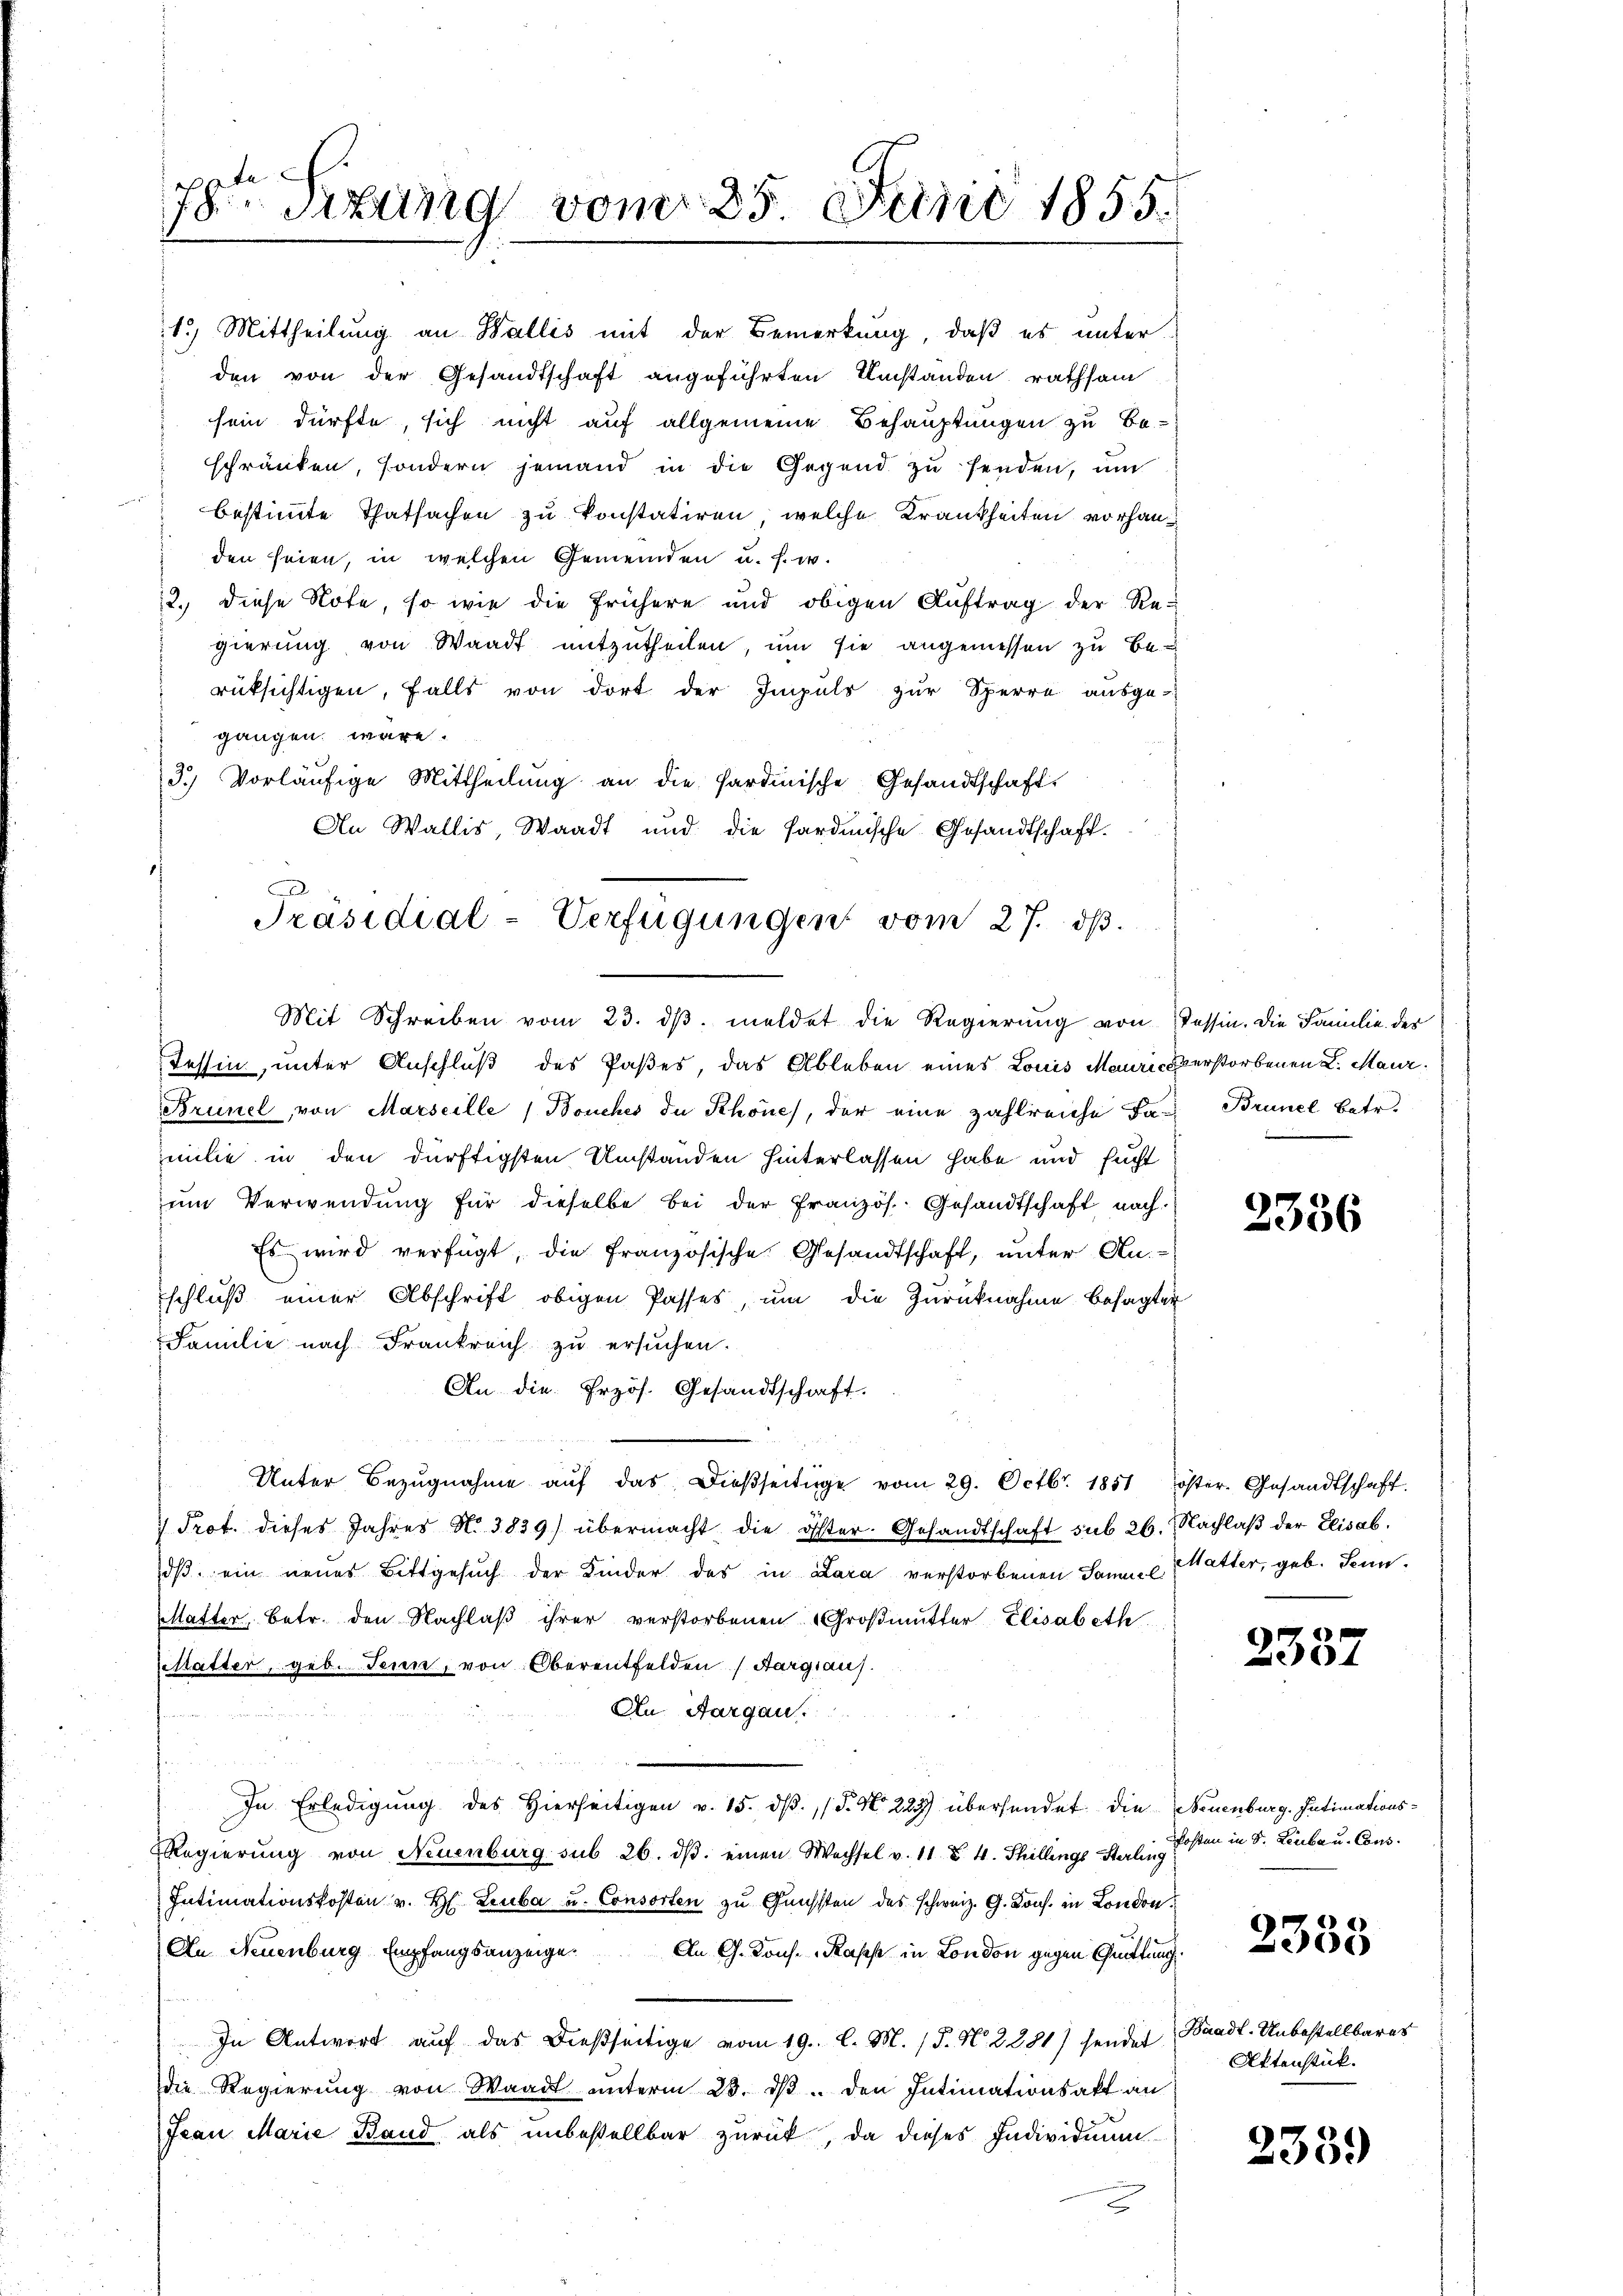
78te Situng vom 25. Juni 1855.

den seien, in welchen Gemeinden u. s. w.
12. diese Note, so wie die frühere und obigen Auftrag der Re-
gierung von Waadt mitzutheilen, um sie angemessen zu berüksichtigen, falls von dort der Impuls zur Sperre ausge-
gangen wäre.
3.) Vorläŭfige Mittheilŭng an die Sardinische Gesandtschaft
An Wallis, Waadt und die Sardinische Gesandtschaft.
Präsidial-Verfügungen vom 27. dß.

1.) Mittheilung an Wallis mit der Bemerkung, daß es unter
den von der Gesandtschaft angeführten Umstanden rathsam
sein dürfte, sich nicht auf allgemeine Behauptungen zu be-
schränken, sondern jemand in die Gegend zŭ senden, um
bestimmte Thatsachen zu konstatiren, welche Krankheiten vorhan¬

Mit Schreiben vom 23. dβ. meldet die Regierŭng von Tessin. Die Familie des
Tessin, unter Anschluß des Paßes, das Ableben eines Louis Mauriceverstorbenen L. Maur.
Brinel, von Marseille (Bouches de Schönes, der eine zahlreiche Fa- Brunel betr
milie in den dürftigsten Umständen hinterlassen habe und sucht
ŭm Verwendŭng für dieselbe bei der französ. Gesandtschaft nach
Es wird verfügt, die französische Gesandtschaft, unter An-
schluß einer Abschrift obigen Passes, um die Zurücknahme besagter
Familie nach Frankreich zu ersuchen.
An die Erzös. Gesandtschaft.
Unter Bezŭgnahme aŭf das dießseitige vom 29. Octbr. 1851 öster. Gesandtschaft
 Prot. dieses Jahres No 3839) übermacht die öster. Gesandtschaft sub 26. Nachlaβ der Elisab.
dβ ein neues Bittgesŭch der Kinder des in Zara verstorbenen Samuel Hatter, geb. Senn-
Matter, betr. den Nachlaβ ihrer verstorbenen Großmutter Elisabeth
estatter, geb. Jenne, von Oberentfelden Sargiaus.
An Aargau.
In Erledigŭng des hierseitigen v. 15. dβ. (§. N. 223) übersendet die Neuenburg. Intimations-
Regierung von Neuenburg sub 26. dβ. einen Wechsel v. 11. Z. 4. Thillings Sterling
Intimationskosten v. H. Leuba u. Consorten zu Gunsten des schweiz. G. Kons. in London
An Neuenburg Empfangsanzeige. An G. Kons. Kasse in London gegen Quittung
In Antwort auf das dießseitige vom 19. l. M. (T. N. 2281) sendes Waadt-Unbestellbares
die Regierŭng von Waadt ŭnterm 23. dβ. den Intimationsakt an
Irau Marie Band als unbestellbar zurück, da dieses Individuum

2356

2357

Posten in Dr. Leute u. Cons.

2335

Aktenstück.

2339)